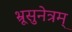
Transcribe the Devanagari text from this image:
भ्रूसुनेत्रम्